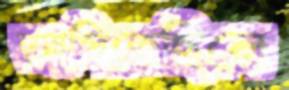
আসিতেছিলে